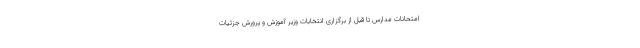
امتحانات مدارس تا قبل از برگزاری انتخابات وزیر آموزش و پرورش جزئیات